Civil Veterinary Department Bengal reports 1923-33 - 1923-1933
Year: 1923
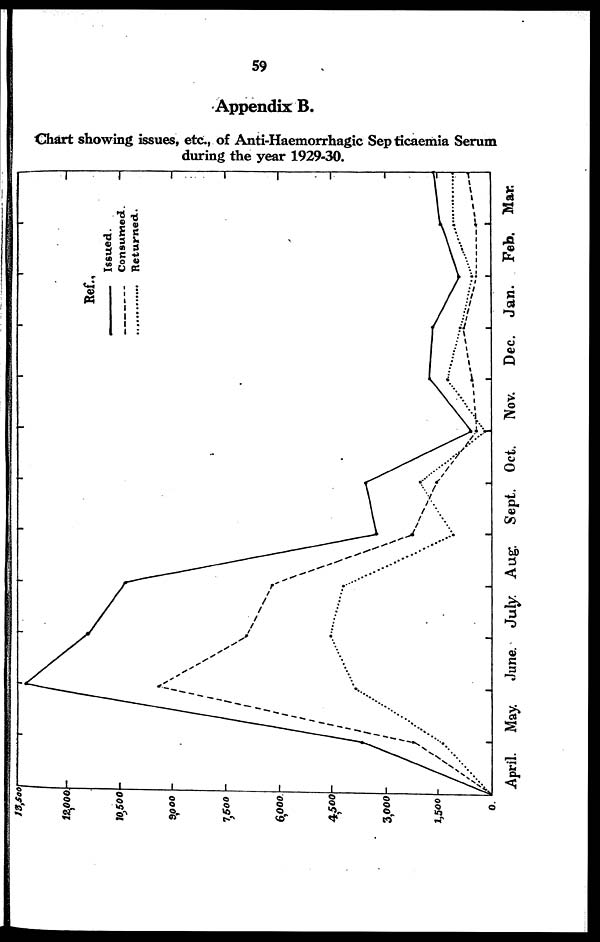
59
Appendix B.
Chart showing issues, etc., of Anti-Haemorrhagic Sep ticaemia Serum
during the year 1929-30.